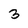
Character: 3